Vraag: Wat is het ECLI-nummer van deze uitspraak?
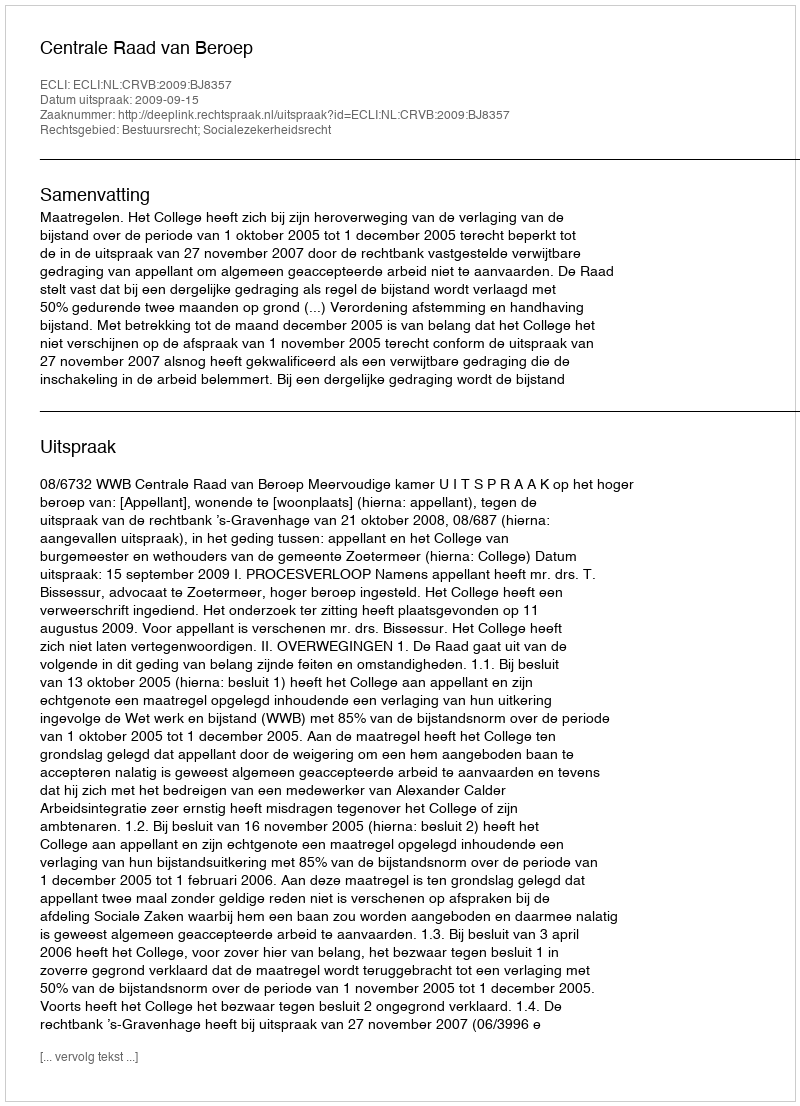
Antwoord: ECLI:NL:CRVB:2009:BJ8357